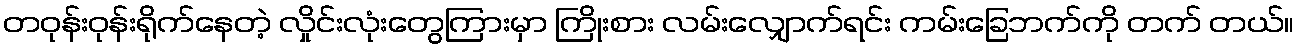
တဝုန်းဝုန်းရိုက်နေတဲ့ လှိုင်းလုံးတွေကြားမှာ ကြိုးစား လမ်းလျှောက်ရင်း ကမ်းခြေဘက်ကို တက် တယ်။